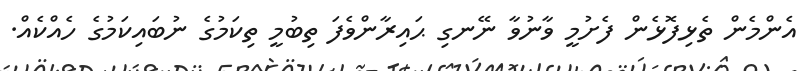
އެންމެން ތެޅިފޮޅެން ފެށުމީ ވާނުވާ ނޭނގި ޙައިރާންވެފަ ތިބުމީ ތިކަމުގެ ނުބައިކަމުގެ ހެއްކެއް.